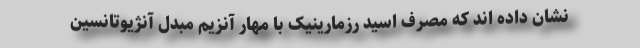
نشان داده اند که مصرف اسید رزمارینیک با مهار آنزیم مبدل آنژیوتانسین